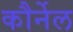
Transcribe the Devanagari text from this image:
कौर्नेल